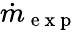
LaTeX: \dot{m}_{\mathrm{~e~x~p~}}